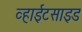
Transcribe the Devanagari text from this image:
व्हाईटसाइड